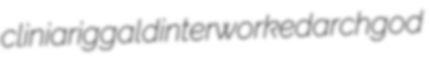
clinia riggald interworked archgod